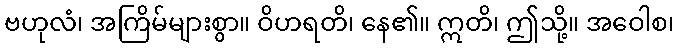
ဗဟုလံ၊ အကြိမ်များစွာ။ ဝိဟရတိ၊ နေ၏။ ဣတိ၊ ဤသို့။ အဝေါစ၊